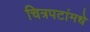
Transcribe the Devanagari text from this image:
चित्रपटांमधे